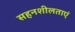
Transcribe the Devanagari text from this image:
सहनशीलताएं